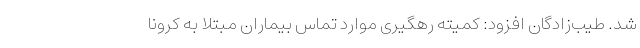
شد. طیب‌زادگان افزود: کمیته رهگیری موارد تماس بیماران مبتلا به کرونا